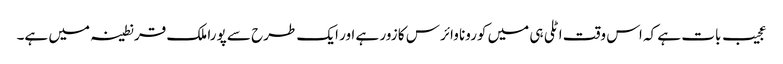
عجیب بات ہے کہ اس وقت اٹلی ہی میں کورونا وائرس کا زور ہے اور ایک طرح سے پورا ملک قرنطینہ میں ہے۔